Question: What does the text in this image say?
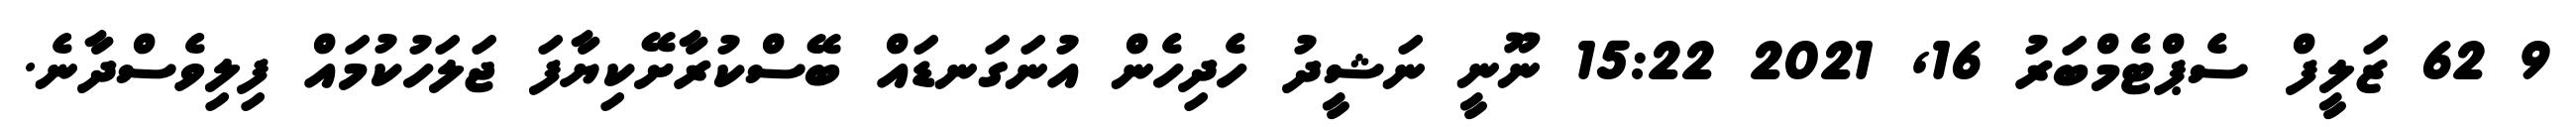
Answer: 9 62 ޒަލީފް ސެޕްޓެމްބަރު 16, 2021 15:22 ނޫނީ ނަޝީދު ހެދިހެން އުނަގަނޑައް ބޭސްކުރާށޭކިޔާފަ ޖަލަހުކުމައް ފިލިވެސްދާނެ.